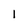
Character: I